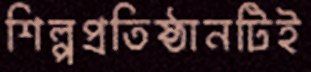
শিল্পপ্রতিষ্ঠানটিই